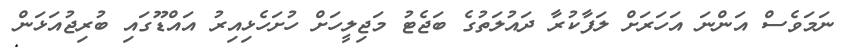
ނަމަވެސް އަަންނަ އަހަރަށް ލަފާކުރާ ދައުލަތުގެ ބަޖެޓު މަޖިލީހަށް ހުށަހެޅިއިރު އައްޑޫގައި ބުރިޖުއަޅަން